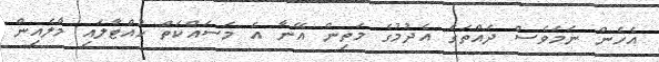
އެހެން ނަމަވެސް ދައްތަގެ އެދުމުގެ މަތިން އޭނާ އެ މަސައްކަތް ހުއްޓާލައި މާލެއިން